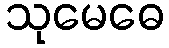
သုမေဓေ